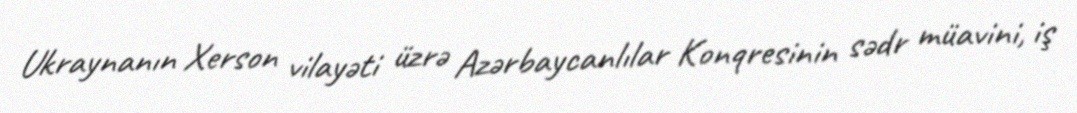
Ukraynanın Xerson vilayəti üzrə Azərbaycanlılar Konqresinin sədr müavini, iş